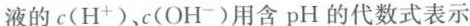
液的c(H^{+})、c(OH^{-})用含pH的代数式表示